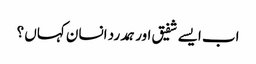
اب ایسے شفیق اور ہمدرد انسان کہاں ؟